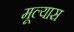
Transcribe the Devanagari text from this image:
मूल्यास